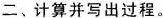
二、计算并写出过程。